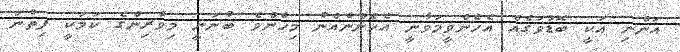
އަންނި އަކީ ބޮޑުވަގެއް އެހެންވީމަވާނީ އެހެންނެއްނު މިހެންވެ ބުނަނީ މިވެރިންގެ ކަމަކީ ފިތުނަ